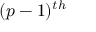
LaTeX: ( p - 1 ) ^ { t h }